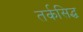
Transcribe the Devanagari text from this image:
तर्कसिद्ध